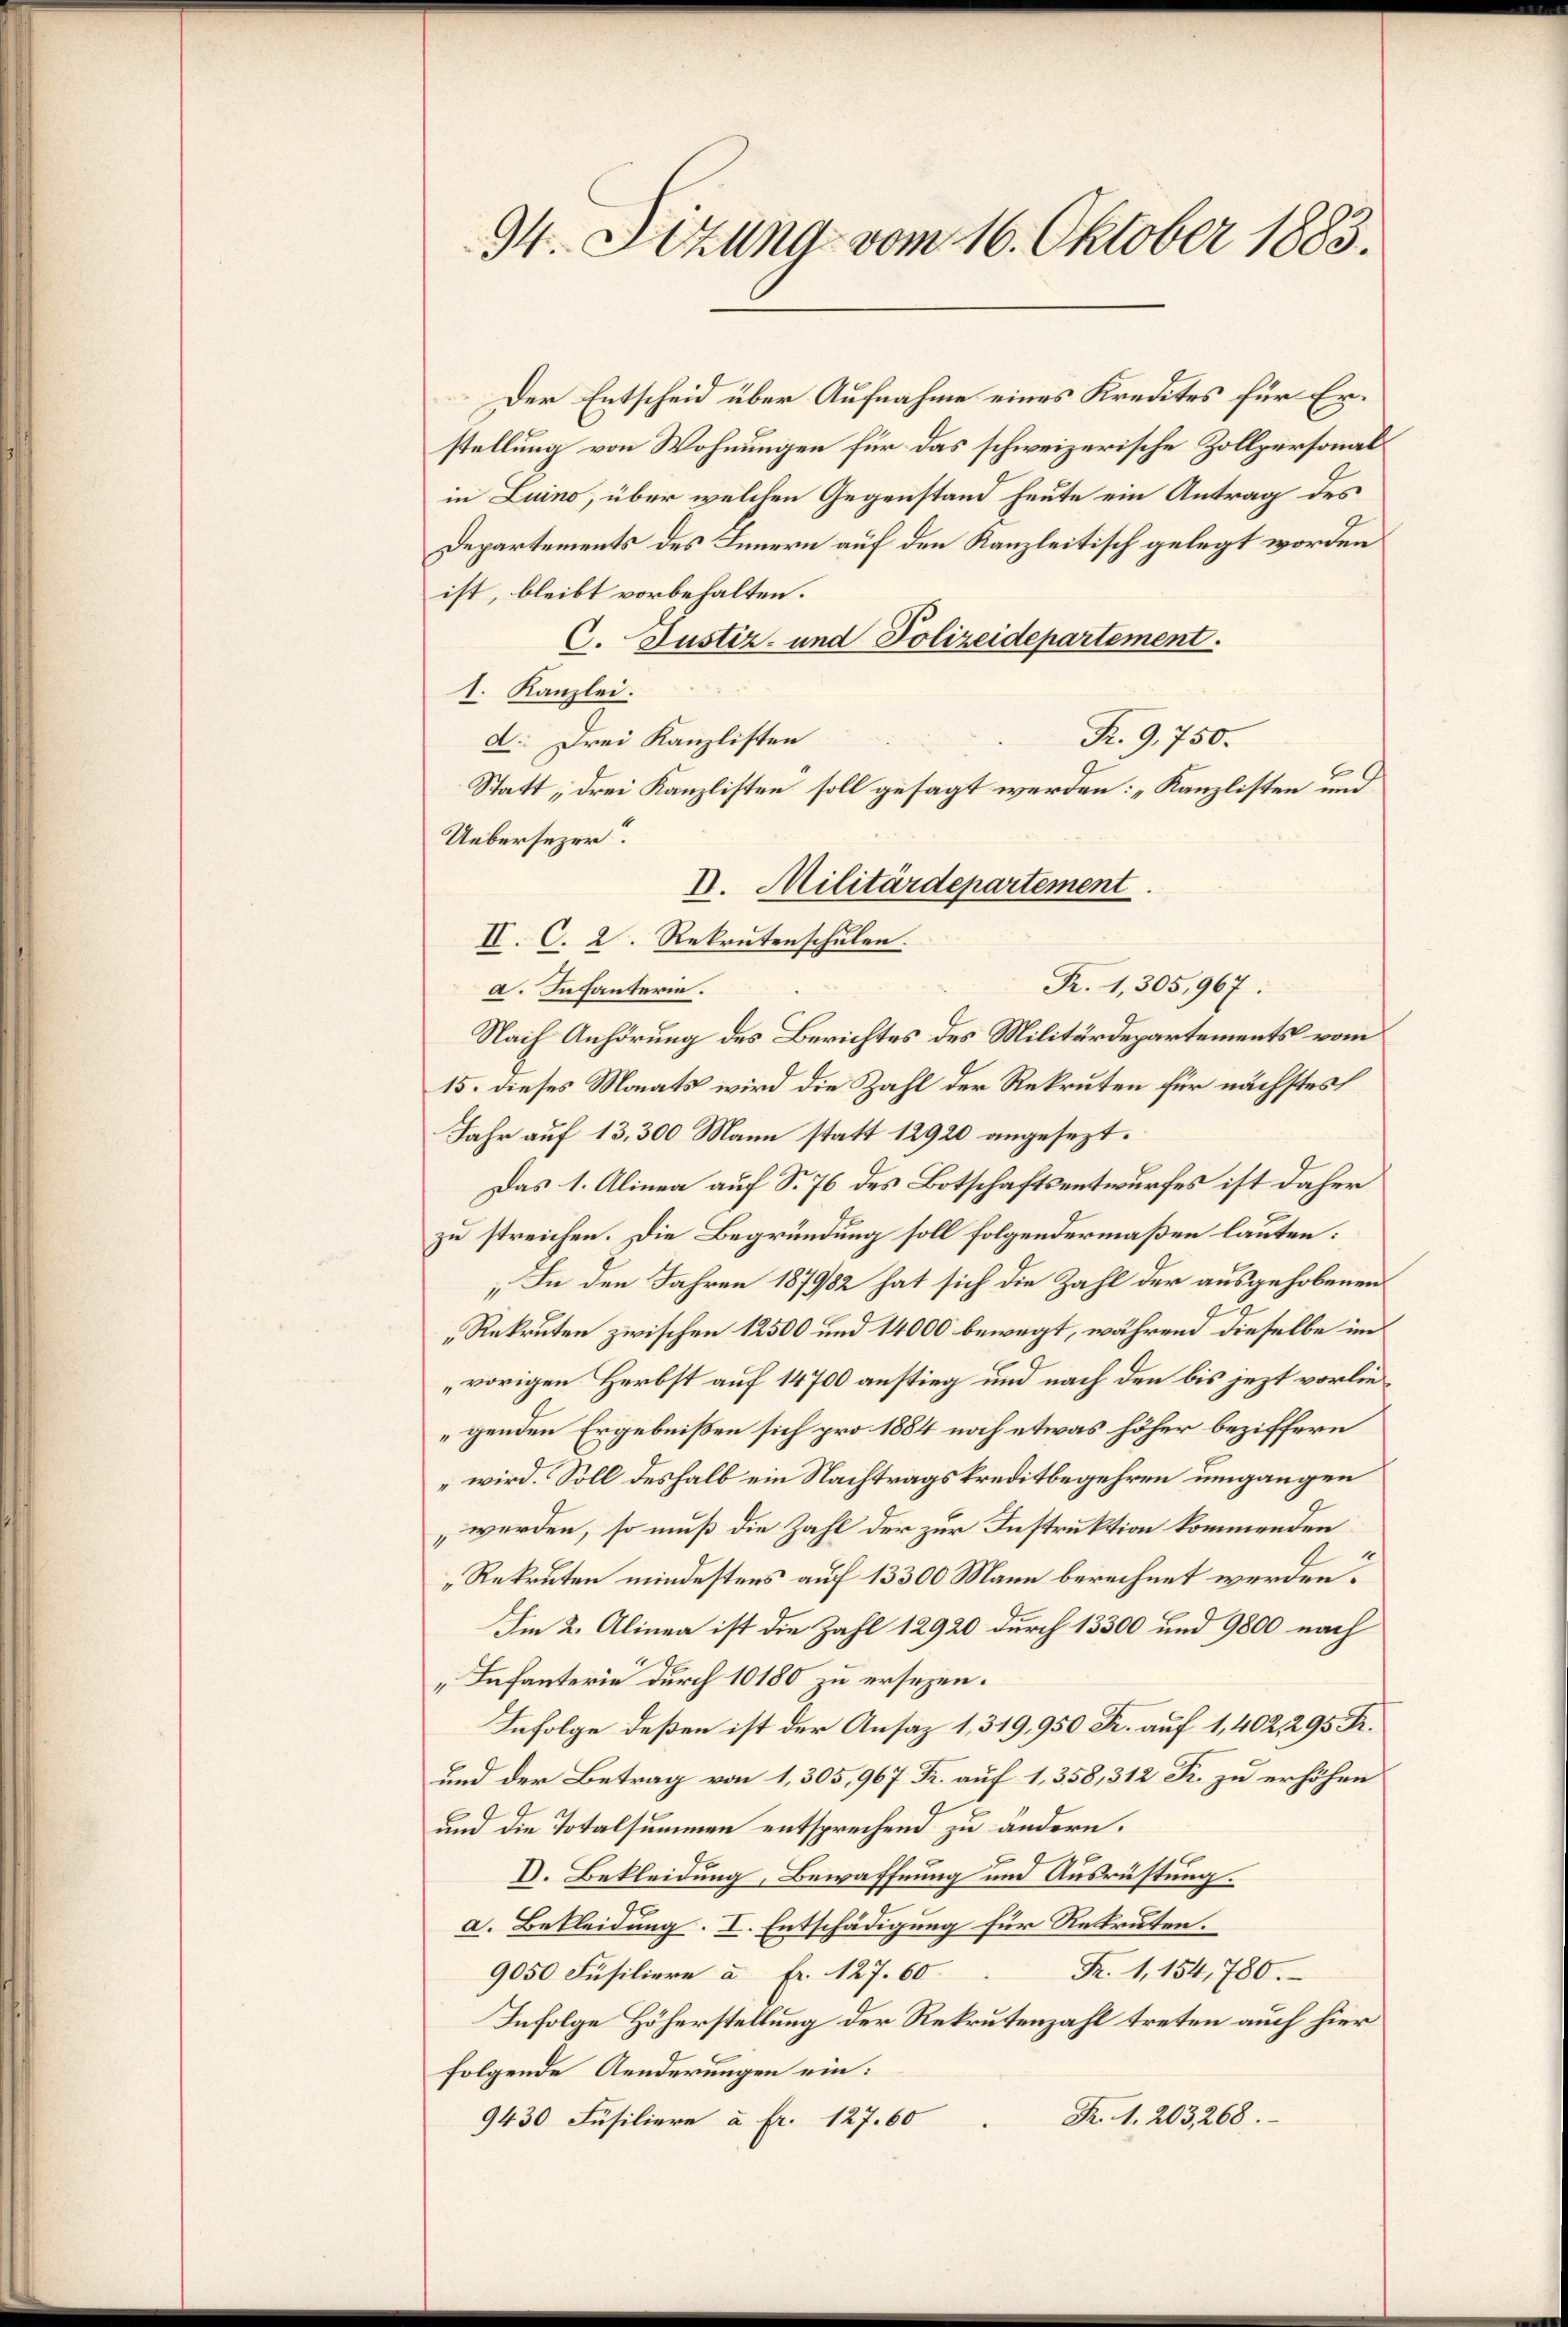
94. Sitzung vom 16. Oktober 1883.

Der Entscheid über Aufnahme eines Kredites für Erstellung von Wohnungen für das schweizerische Zollpersonalin Luino, über welchen Gegenstand heute ein Antrag des
Departements des Innern auf den Kanzleitisch gelegt worden
ist, bleibt vorbehalten.
6. Justiz- und Polizeidepartement.
1. Kanzlei.
Pr. 9,750.
d Drei Kanzlisten
Statt, drei Kanzlisten soll gesagt werden: „Kanzlisten und
Uebersezer.
VI. Militärdepartement
II. C. 2. Rekrutenschulen
Fr. 1,305,967.
a. Infanterie.
Nach Anhörung des Berichtes des Militärdepartements vom
15. dieses Monats wird die Zahl der Rekruten für nächstes
Jahr auf 13,300 Mann statt 12920 angesezt.
Das 1. Alinea auf S. 76 des Botschaftsentwurfes ist daher
zu streichen. Die Begründung soll folgendermaßen lauten:
„ In den Jahren 187982 hat sich die Zahl der ausgehobenen
Rekruten zwischen 12500 und 14000 bewegt, während dieselbe im
vorigen Herbst auf 14700 anstieg und nach den bis jezt vorliegenden Ergebnißen sich pro 1884 noch etwas höher beziffern
wird. Soll deshalb ein Nachtragskreditbegehren umgangen
„werden, so muß die Zahl der zur Instruktion kommenden
Rekruten mindestens auf 13300 Mann berechnet werden.
Im 2. Alinea ist die Zahl 12920 durch 13300 und 9800 nach
„Infanterie durch 10180 zu ersezen.
Infolge deßen ist der Ansaz 1,319,950 Fr. auf 1,402, 295 Fr.
und der Betrag von 1,305, 967 Kr. auf 1. 358, 312 Fr. zu erhöhen
und die Totalsummen entsprechend zu ändern.
V. Bekleidung, Bewaffnung und Ausrüstung.
a. Bekleidung. I. Entschädigung für Rekruten.
Fr. 1, 154, 780.
9050 Füsiliere à Fr. 127. 60
Infolge Höherstellung der Rekrutenzahl treten auch hier
folgende Aenderungen ein:
Fr. 1. 203, 268.
9430 Füsiliere a fr. 127. 60